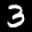
Label: 3